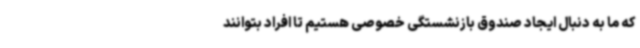
که ما به دنبال ایجاد صندوق بازنشستگی خصوصی هستیم تا افراد بتوانند